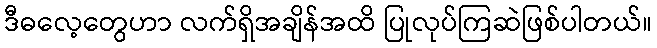
ဒီဓလေ့တွေဟာ လက်ရှိအချိန်အထိ ပြုလုပ်ကြဆဲဖြစ်ပါတယ်။